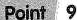
Point 9